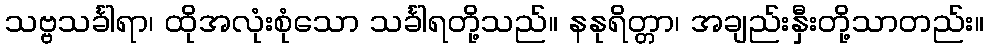
သဗ္ဗသင်္ခါရာ၊ ထိုအလုံးစုံသော သင်္ခါရတို့သည်။ နနုရိတ္တာ၊ အချည်းနှီးတို့သာတည်း။